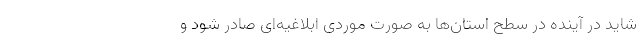
شاید در آینده در سطح استان‌ها به صورت موردی ابلاغیه‌ای صادر شود و